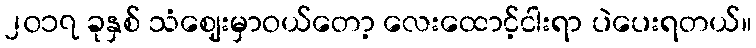
၂၀၁၇ ခုနှစ် သံဈေးမှာဝယ်တော့ လေးထောင့်ငါးရာ ပဲပေးရတယ်။